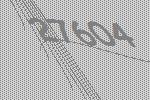
27604